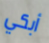
أبكي